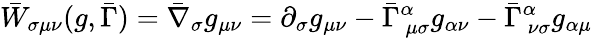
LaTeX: \bar{W}_{\sigma\mu\nu}(g,\bar{\Gamma})=\bar{\nabla}_{\sigma}g_{\mu\nu}=\partial_{\sigma}g_{\mu\nu}-\bar{\Gamma}_{~\mu\sigma}^{\alpha}g_{\alpha\nu}-\bar{\Gamma}_{~\nu\sigma}^{\alpha}g_{\alpha\mu}